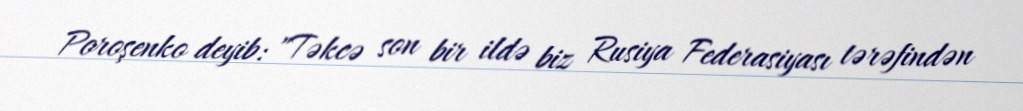
Poroşenko deyib: "Təkcə son bir ildə biz Rusiya Federasiyası tərəfindən